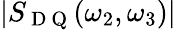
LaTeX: |S_{\mathrm{~D~Q~}}(\omega_{2},\omega_{3})|